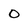
Character: 0